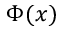
\Phi ( x )